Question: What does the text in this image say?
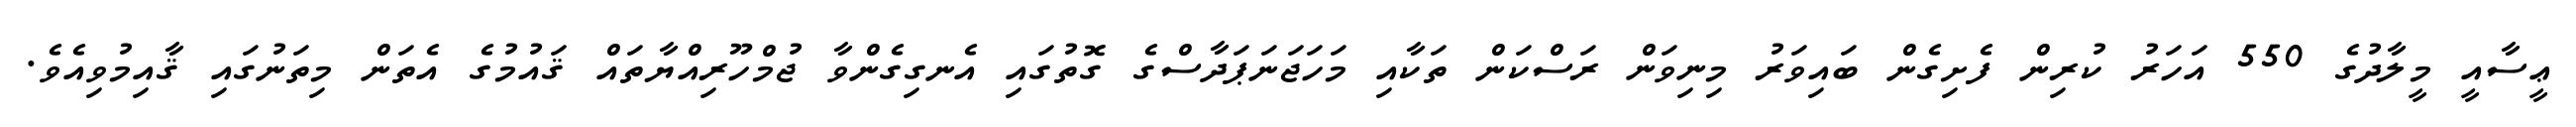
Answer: ޢީސާއީ މީލާދުގެ 550 އަހަރު ކުރިން ފެށިގެން ބައިވަރު މިނިވަން ރަސްކަން ތަކާއި މަހަޖަނަޕަދާސްގެ ގޮތުގައި އެނގިގެންވާ ޖުމްހޫރިއްޔާތައް ޤައުމުގެ އެތަން މިތަނުގައި ޤާއިމުވިއެވެ.